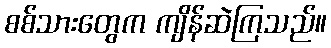
စစ်သားတွေက ကျိန်ဆဲကြသည်။